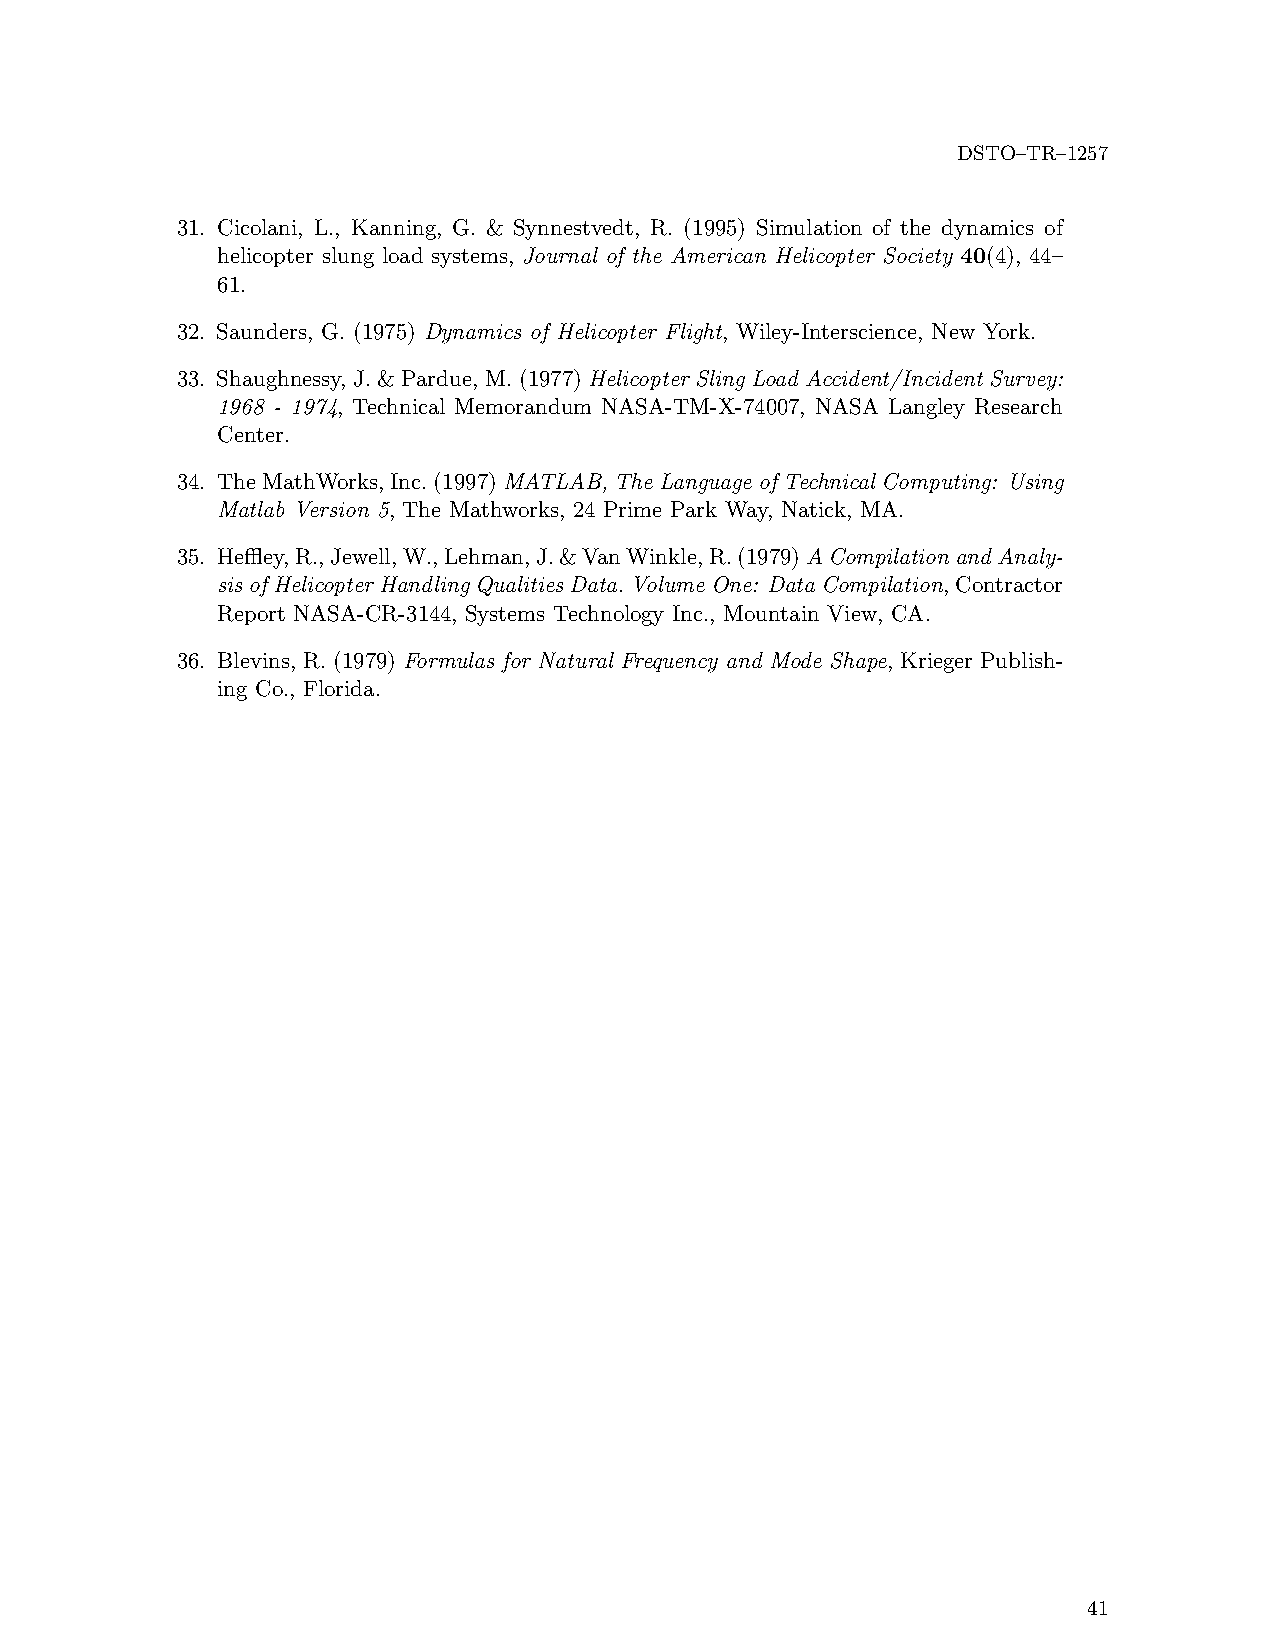
DSTO–TR–1257
 31. Cicolani, L., Kanning, G. & Synnestvedt, R. (1995) Simulation of the dynamics of
 helicopter slung load systems, Journal of the American Helicopter Society 40(4), 44–
 61.
 32. Saunders, G. (1975) Dynamics of Helicopter Flight, Wiley-Interscience, New York.
 33. Shaughnessy, J. & Pardue, M. (1977)Helicopter Sling Load Accident/Incident Survey:
 1968 - 1974, Technical Memorandum NASA-TM-X-74007, NASA Langley Research
 Center.
 34. TheMathWorks,Inc.(1997)MATLAB, The Language of Technical Computing: Using
 Matlab Version 5, The Mathworks, 24 Prime Park Way, Natick, MA.
 35. Heffley,R.,Jewell,W.,Lehman,J.&VanWinkle,R.(1979)ACompilationandAnaly-
 sisofHelicopterHandlingQualitiesData.VolumeOne: DataCompilation,Contractor
 Report NASA-CR-3144, Systems Technology Inc., Mountain View, CA.
 36. Blevins, R. (1979) Formulas for Natural Frequency and Mode Shape, Krieger Publish-
 ing Co., Florida.
 41